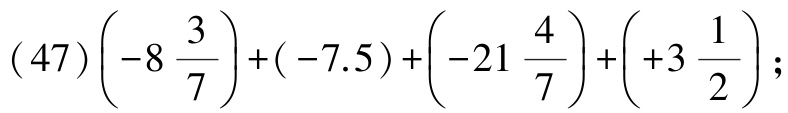
\((47)\left(-8\frac{3}{7}\right)+(-7.5)+\left(-21\frac{4}{7}\right)+\left(+3\frac{1}{2}\right);\)